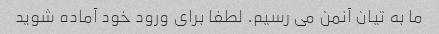
ما به تیان آنمن می رسیم. لطفا برای ورود خود آماده شوید